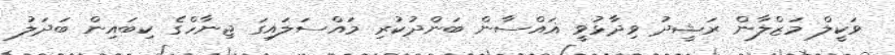
ވަކީލް މަޒްލާން ރަޝީދު ވިދާޅުވީ ޣައްސާން ބަންދުކުރި މައްސަލައިގަ ޖިނާހްގެ ކިބައިން ބަދަލު